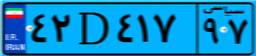
۸۷D۰۳۹۷۹